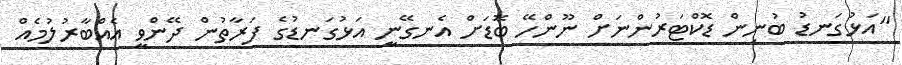
"އަޅުގަނޑު ބުނިން ޑޮކްޓަރުންނަށް ނޫންހޭ ބޮޑަށް އެނގޭނީ އަޅުގަނޑުގެ ފަރާތުން ދޭންވީ އެއްބާރުލުމެއް